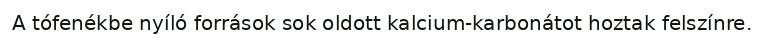
A tófenékbe nyíló források sok oldott kalcium-karbonátot hoztak felszínre.